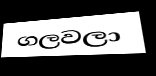
ගලවලා